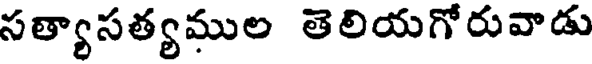
సత్యాసత్యముల తెలియగోరువాడు